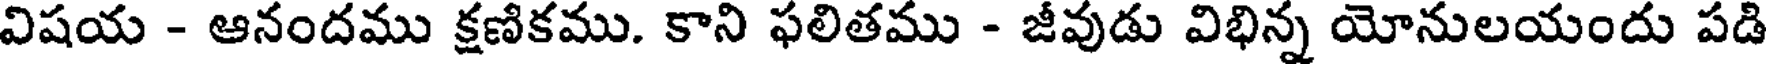
విషయ - ఆనందము క్షణికము. కాని ఫలితము - జీవుడు విభిన్న యోనులయందు పడి